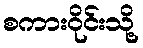
စကားဝိုင်းသို့